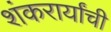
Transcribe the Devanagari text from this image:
शंकरार्यांची